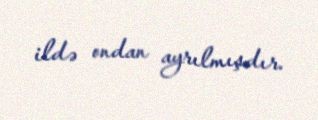
ildə ondan ayrılmışdır.